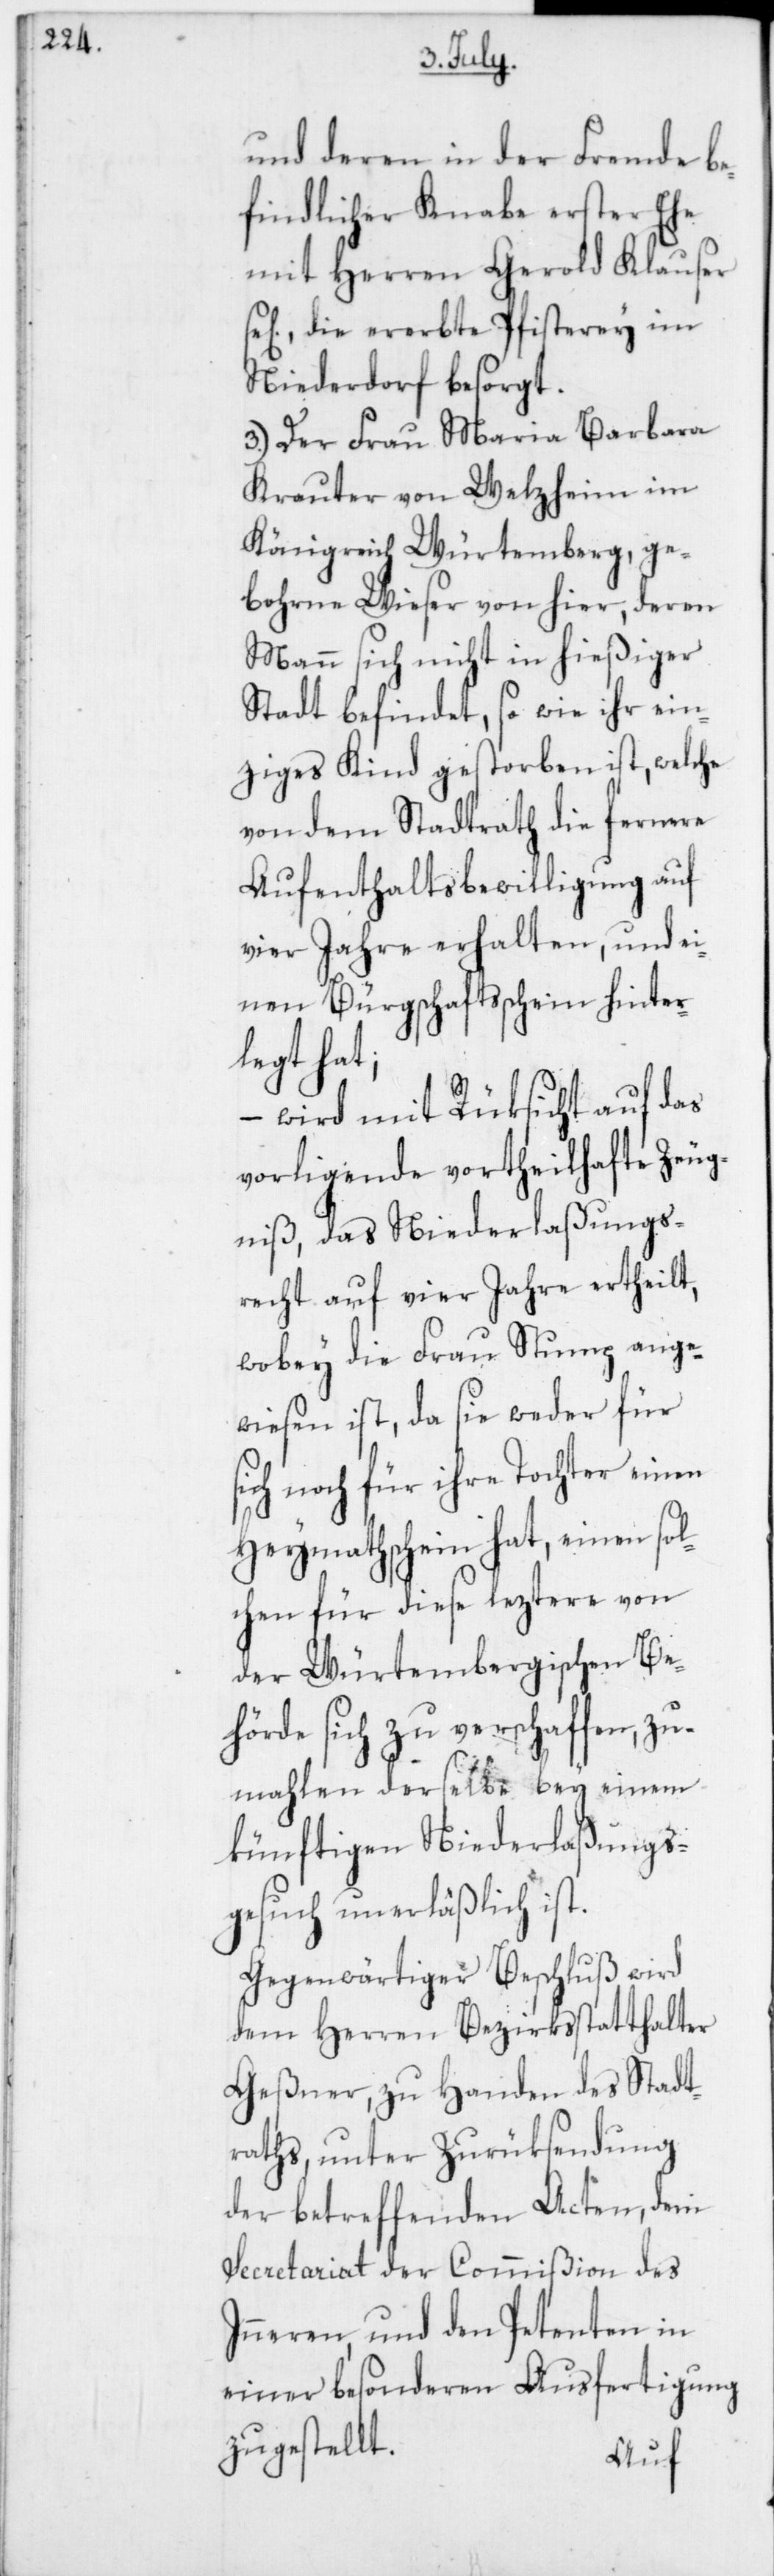
und deren in der Fremde be¬
findlicher Knabe erster Ehe
mit Herren Gerold Klauser
ig], die ererbte Pfisterey im
Niederdorf besorgt.
3. Der Frau Maria Barbara
Krauter von Welzheim im
Königreich Würtemberg, ge¬
bohrne Wieser von hier, deren
Mann sich nicht in hießiger
Stadt befindet, so wie ihr ein¬
ziges Kind gestorben ist, welche
von dem Stadtrath die fernere
Aufenthaltsbewilligung auf
vier Jahre erhalten, und ei¬
nen Bürgschaftsschein hinter¬
legt hat;
wird mit Rüksicht auf das
s¬
vorligende vortheilhafte Zeug¬
niß, das Niederlaßungs¬
recht auf vier Jahre ertheilt,
wobey die Frau Stump ange¬
wiesen ist, da sie weder für
ich noch für ihre Tochter einen
Heymathschein hat, einen sol¬
chen für diese leztere von
der Würtembergischen Be¬
hörde sich zu verschaffen, zu¬
mahlen derselbe bey einem
künftigen Niederlaßungs¬
gesuch unerläßlich ist.
Gegenwärtiger Beschluß wird
dem Herren Bezirksstatthalter
Geßner, zu Handen des Stadt¬
raths, unter Zurüksendung
der betreffenden Acten, dem
Secretariat der Commißion des
Inneren, und den Petenten in
einer besonderen Ausfertigung
zugestellt.